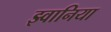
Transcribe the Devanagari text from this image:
झ्वानिया